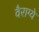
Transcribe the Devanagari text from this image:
वैराग्ये